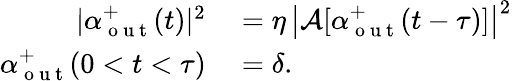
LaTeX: \begin{array}{rl}{|\alpha_{\mathrm{~o~u~t~}}^{+}(t)|^{2}}&{{}=\eta\, \left|\mathcal{A}[\alpha_{\mathrm{~o~u~t~}}^{+}(t-\tau)]\right|^{2}}\\ {\alpha_{\mathrm{~o~u~t~}}^{+}(0<t<\tau)}&{{}=\delta.}\end{array}